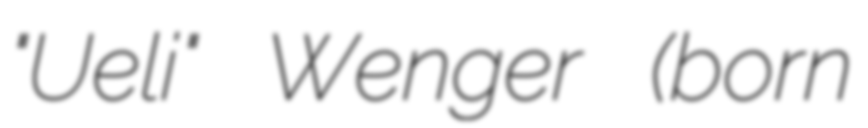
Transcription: "Ueli" Wenger (born